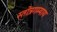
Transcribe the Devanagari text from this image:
स्तोत्रगम्याय